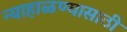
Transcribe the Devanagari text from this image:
न्याहाळण्यासाठी